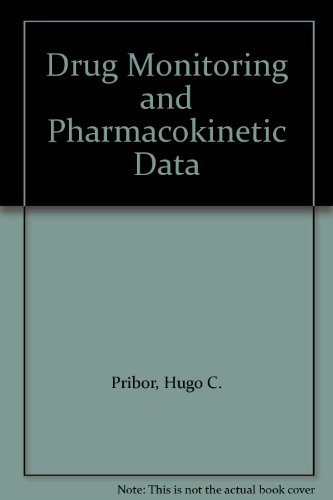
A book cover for Drug Monitoring and Pharmacokinetic Data; Hugo C. Pribor; Medical Books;